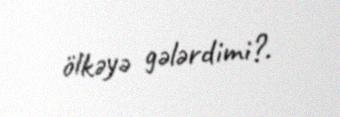
ölkəyə gələrdimi?.